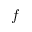
f